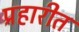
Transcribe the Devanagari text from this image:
प्रहारीत